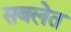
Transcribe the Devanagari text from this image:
सबलेत